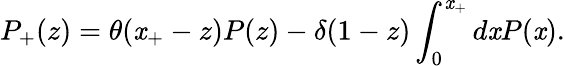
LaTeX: P_{+}(z)=\theta(\mathit{x}_{+}-z)P(z)-\delta(1-z)\int_{0}^{\mathit{x}_{+}}d\mathit{x}P(\mathit{x}).